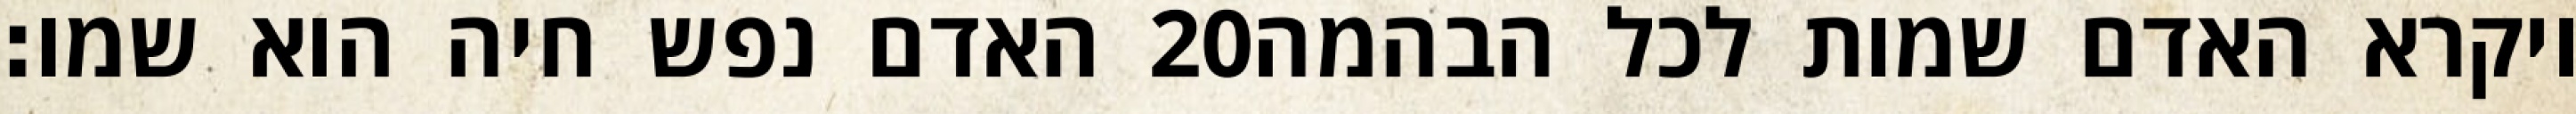
האדם נפש חיה הוא שמו׃ ‎20‏ ויקרא האדם שמות לכל הבהמה